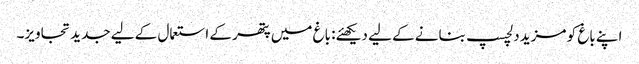
اپنے باغ کو مزید دلچسپ بنانے کے لیے دیکھئے: باغ میں پتھر کے استعمال کے لیے جدید تجاویز۔